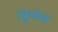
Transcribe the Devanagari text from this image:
कूरान